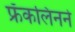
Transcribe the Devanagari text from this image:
फ्रँकलिनने